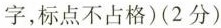
字，标点不占格）（2分）